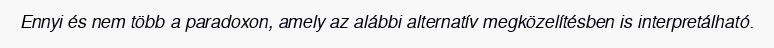
Ennyi és nem több a paradoxon, amely az alábbi alternatív megközelítésben is interpretálható.